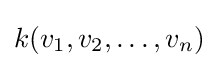
k(v_{1},v_{2},\dots ,v_{n})